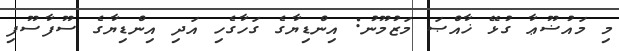
މި މައުޟޫޢާ ގުޅޭ ޚާއްޞަ މަޒުމޫނު: އިންޑިޔާގެ ގަހާގެހި އަދި އިންޑިޔާގެ ސޫފާސޫފި